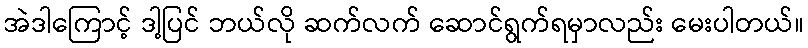
အဲဒါကြောင့် ဒါ့ပြင် ဘယ်လို ဆက်လက် ဆောင်ရွက်ရမှာလည်း မေးပါတယ်။